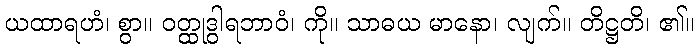
ယထာရဟံ၊ စွာ။ ဝတ္ထုဒွါရဘာဝံ၊ ကို။ သာဓယ မာနော၊ လျက်။ တိဋ္ဌတိ၊ ၏။